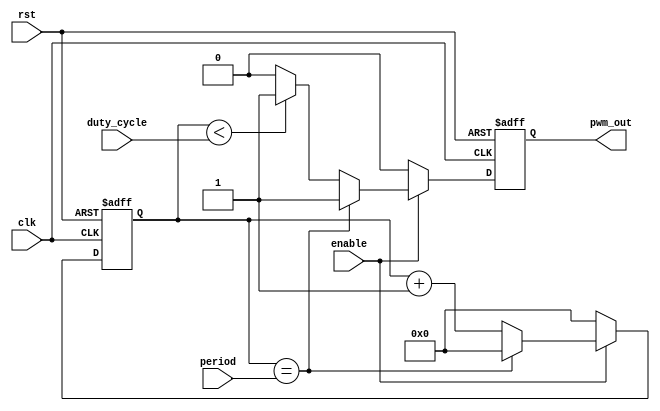
module PWM_Timer (
    input wire clk,
    input wire rst,
    input wire enable,
    input wire [7:0] duty_cycle,
    input wire [15:0] period,
    output reg pwm_out
);

reg [15:0] counter;

always @(posedge clk or posedge rst) begin
    if (rst) begin
        counter <= 0;
        pwm_out <= 0;
    end else begin
        if (enable) begin
            if (counter == period) begin
                counter <= 0;
                pwm_out <= 1;
            end else begin
                if (counter < duty_cycle) begin
                    pwm_out <= 1;
                end else begin
                    pwm_out <= 0;
                end
                counter <= counter + 1;
            end
        end else begin
            counter <= 0;
            pwm_out <= 0;
        end
    end
end

endmodule